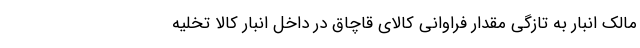
مالک انبار به تازگی مقدار فراوانی کالای قاچاق در داخل انبار کالا تخلیه